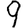
Digit: 9